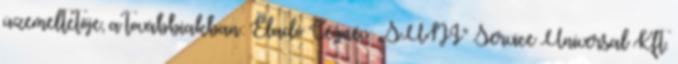
üzemeltetője, a továbbiakban: Eladó Cégnév: „SUNI” Service Universal Kft.